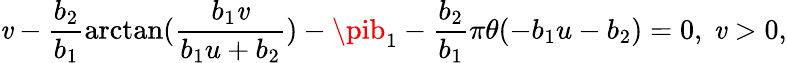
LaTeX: \mathit{v}-\frac{{b_{2}}}{{b_{1}}}\arctan(\frac{{b_{1}\mathit{v}}}{{b_{1}u+b_{2}}})-\pib_{1}-\frac{{b_{2}}}{{b_{1}}}\pi\theta(-b_{1}u-b_{2})=0,\ \mathit{v}>0,